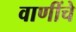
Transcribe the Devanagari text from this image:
वाणींचे